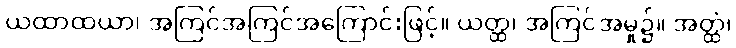
ယထာထယာ၊ အကြင်အကြင်အကြောင်းဖြင့်။ ယတ္ထ၊ အကြင်အမှု၌။ အတ္ထံ၊